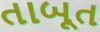
તાબૂત